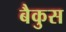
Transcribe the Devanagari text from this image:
बैकुस